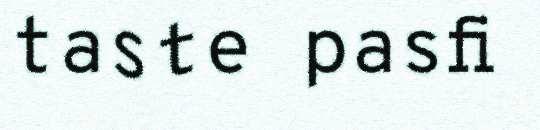
taste pasfi